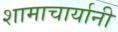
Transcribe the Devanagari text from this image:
शामाचार्यानी